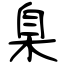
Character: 臬